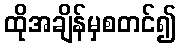
ထိုအချိန်မှစတင်၍